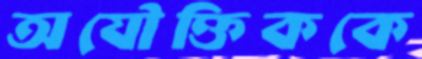
অযৌক্তিককে